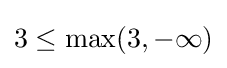
3\leq \max(3,-\infty )